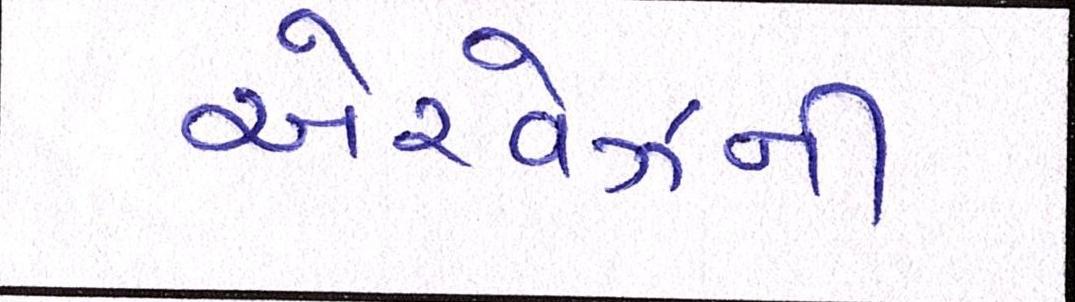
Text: એરવેઝની